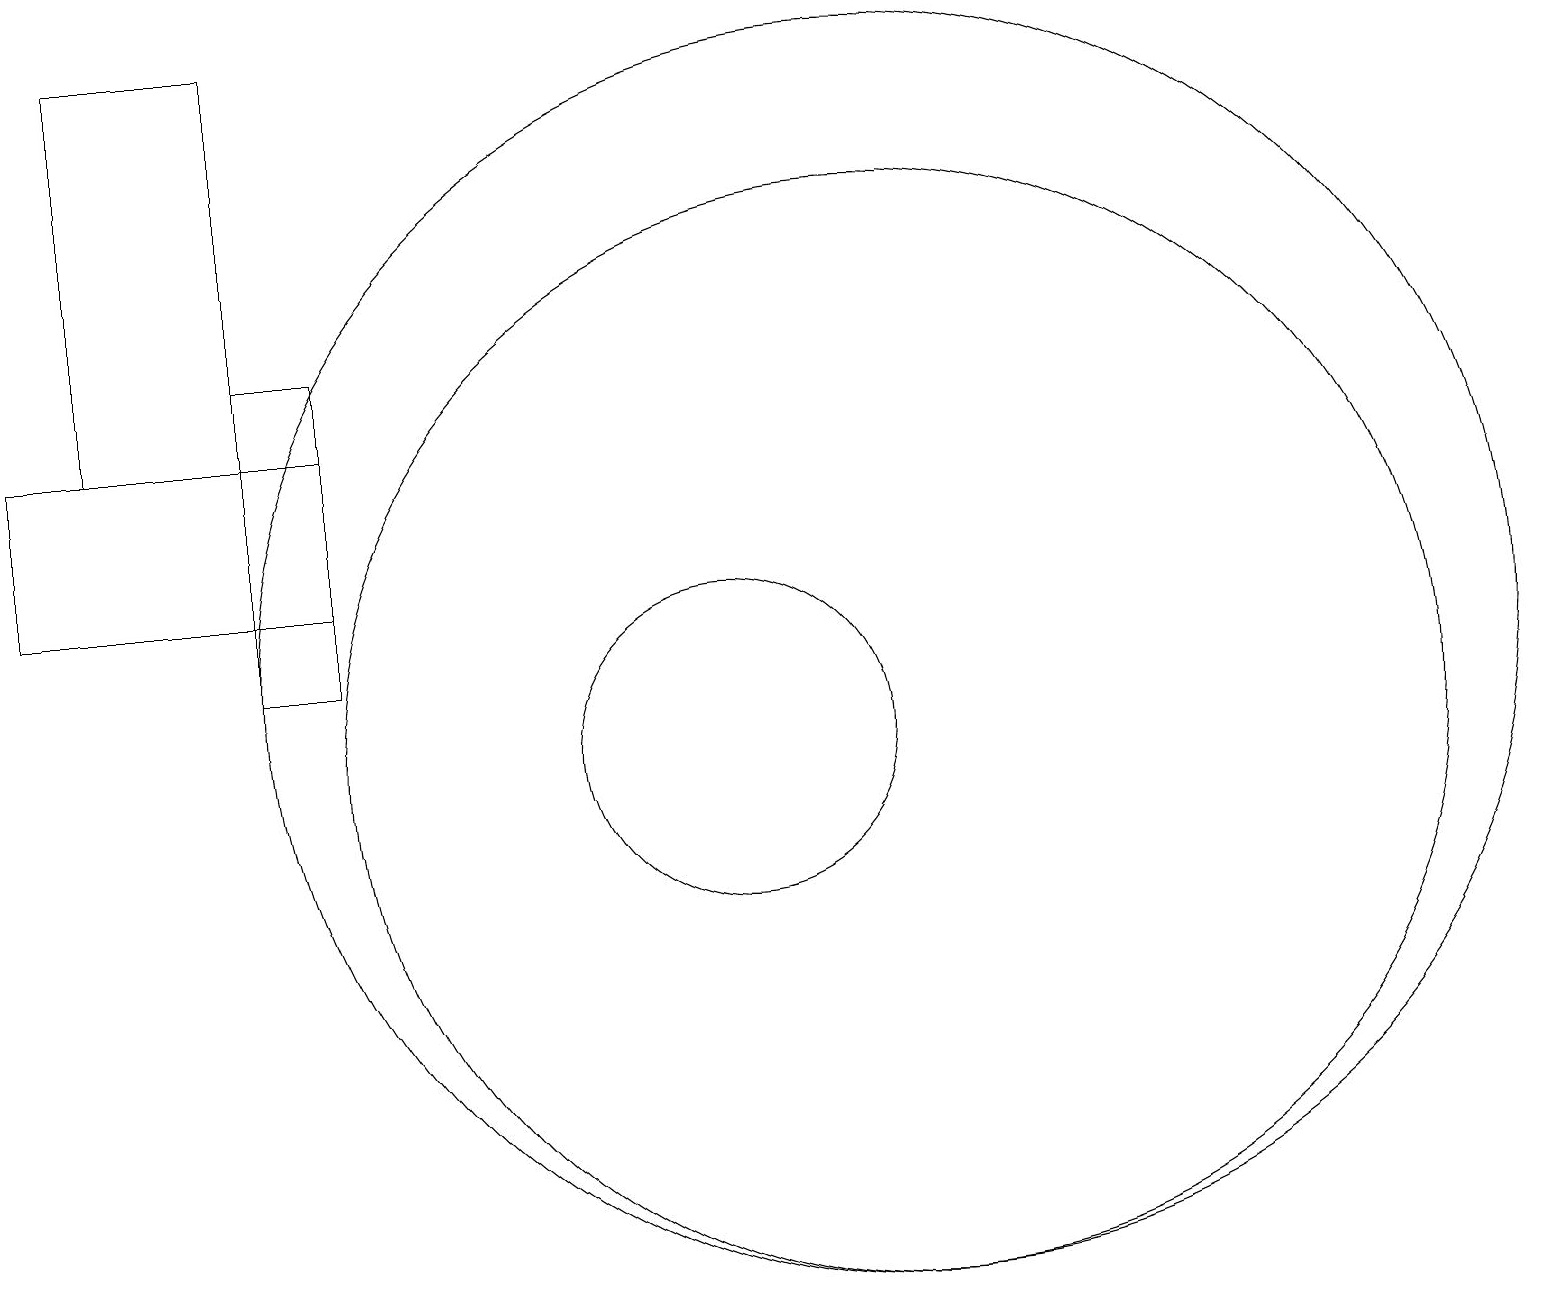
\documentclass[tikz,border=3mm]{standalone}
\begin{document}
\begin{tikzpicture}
\draw (12,11) circle (8);
\draw (2,14) rectangle (4,19);
\draw (5,12) rectangle (1,14);
\draw (4,15) rectangle (5,11);
\draw (10,10) circle (2);
\draw (12,10) circle (7);
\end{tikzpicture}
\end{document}